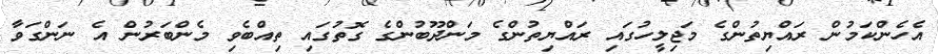
އެހެންކަމުން ރައްޔިތުންގެ މަޖިލީހުގައި ރައްޔިތުންގެ މަންދޫބުންގެ ގޮތުގައި ތިއްބެވި މެންބަރުން އެ ނަންގަވާ